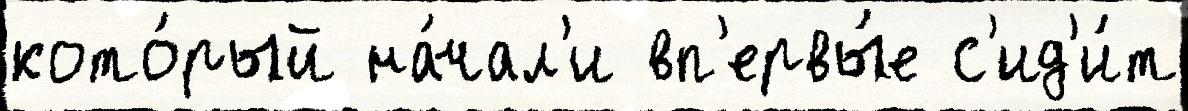
кото́рый на́чал'и вп'ервы́е с'ид'и́т